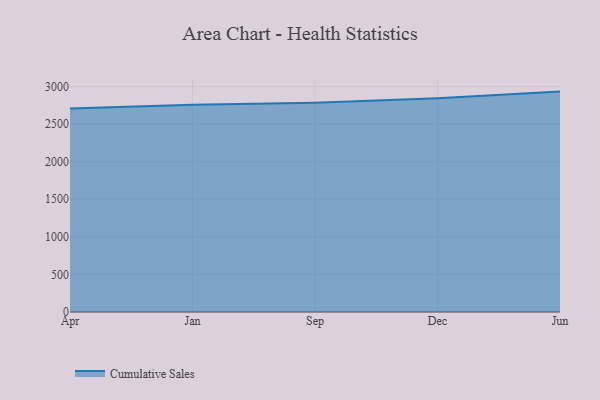
{"axis": {"x": "Month", "y": "Website Visitors"}, "legend": ["Cumulative Sales"], "data": [{"x": "Apr", "y": 2705.6, "type": "Cumulative Sales"}, {"x": "Jan", "y": 2757.7, "type": "Cumulative Sales"}, {"x": "Sep", "y": 2782.1, "type": "Cumulative Sales"}, {"x": "Dec", "y": 2842.3, "type": "Cumulative Sales"}, {"x": "Jun", "y": 2931.9, "type": "Cumulative Sales"}]}